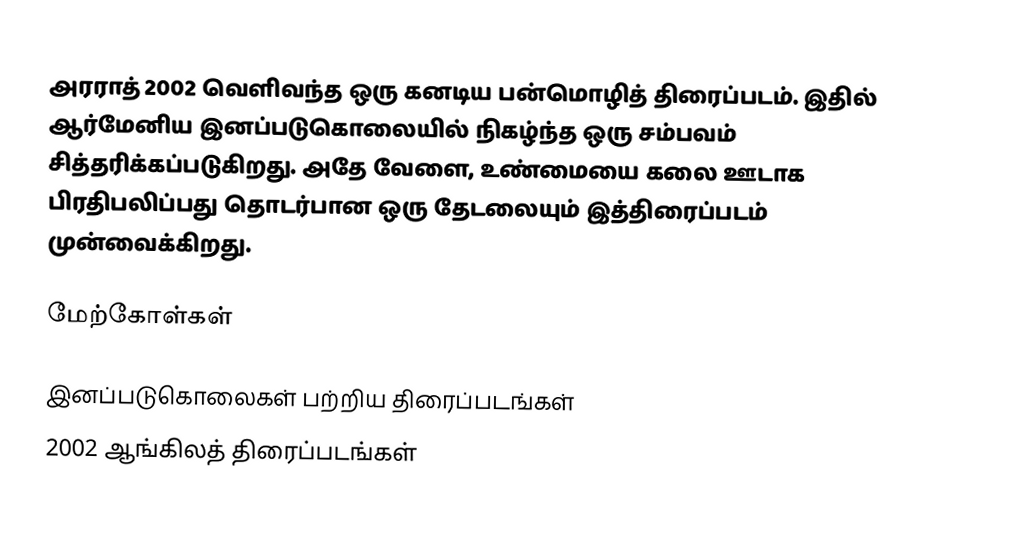
அரராத் 2002 வெளிவந்த ஒரு கனடிய பன்மொழித் திரைப்படம். இதில் ஆர்மேனிய இனப்படுகொலையில் நிகழ்ந்த ஒரு சம்பவம் சித்தரிக்கப்படுகிறது. அதே வேளை, உண்மையை கலை ஊடாக பிரதிபலிப்பது தொடர்பான ஒரு தேடலையும் இத்திரைப்படம் முன்வைக்கிறது.

மேற்கோள்கள்

இனப்படுகொலைகள் பற்றிய திரைப்படங்கள்
2002 ஆங்கிலத் திரைப்படங்கள்